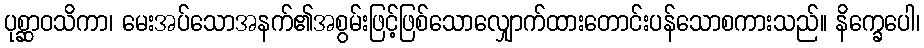
ပုစ္ဆာဝသိကာ၊ မေးအပ်သောအနက်၏အစွမ်းဖြင့်ဖြစ်သောလျှောက်ထားတောင်းပန်သောစကားသည်။ နိက္ခေပေါ၊